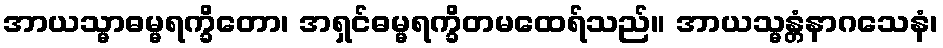
အာယသ္မာဓမ္မရက္ခိတော၊ အရှင်ဓမ္မရက္ခိတမထေရ်သည်။ အာယသ္မန္တံနာဂသေနံ၊